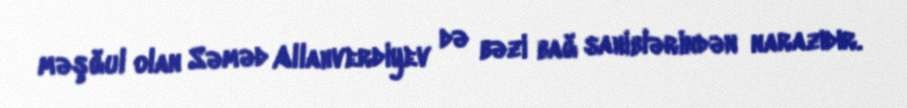
məşğul olan Səməd Allahverdiyev də bəzi bağ sahiblərindən narazıdır.